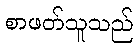
စာဖတ်သူသည်